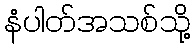
နံပါတ်အသစ်သို့